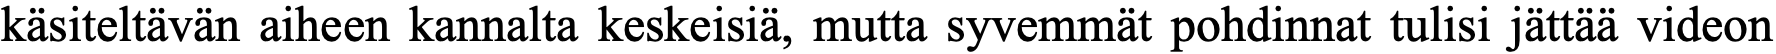
käsiteltävän aiheen kannalta keskeisiä, mutta syvemmät pohdinnat tulisi jättää videon